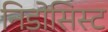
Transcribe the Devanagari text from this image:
निडोसिस्ट